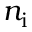
n _ { \mathrm { i } }